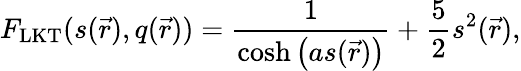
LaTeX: F_{\mathrm{LKT}}(s(\vec{r}),q(\vec{r}))=\frac{1}{\cosh\left(as(\vec{r})\right)}+\frac{5}{2}s^{2}(\vec{r}),